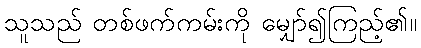
သူသည် တစ်ဖက်ကမ်းကို မျှော်၍ကြည့်၏။